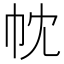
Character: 帎